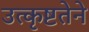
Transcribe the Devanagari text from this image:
उत्कृष्टतेने